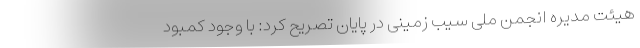
هیئت مدیره انجمن‌ ملی سیب زمینی در پایان تصریح کرد: با وجود کمبود